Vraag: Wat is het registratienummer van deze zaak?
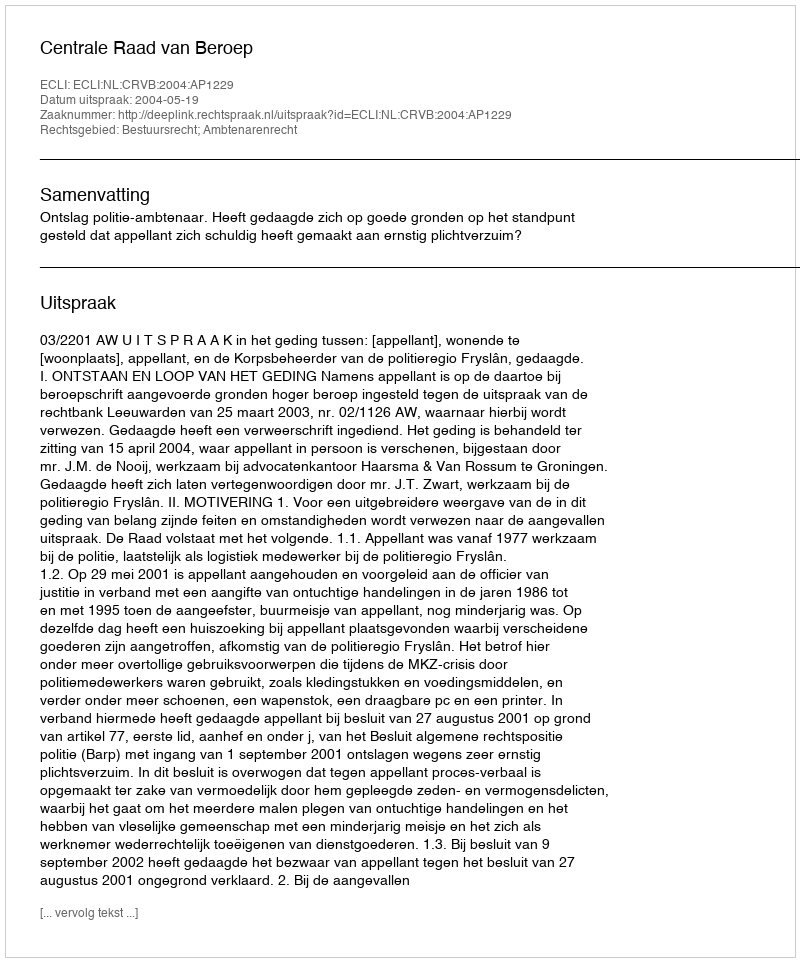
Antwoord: http://deeplink.rechtspraak.nl/uitspraak?id=ECLI:NL:CRVB:2004:AP1229